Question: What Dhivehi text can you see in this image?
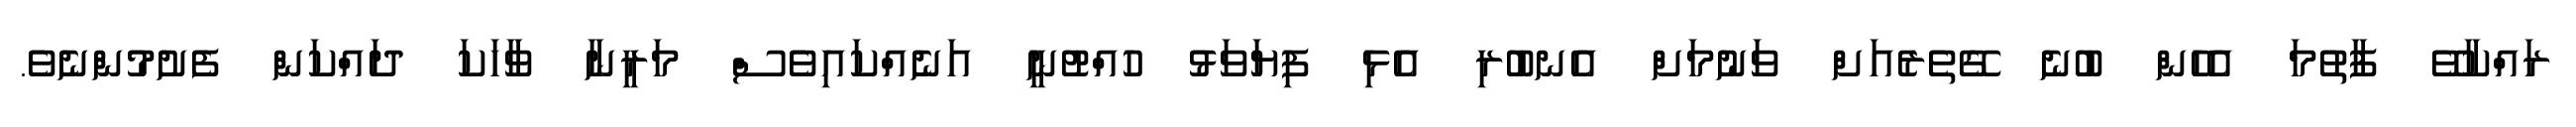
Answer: ރައްކާވޭ ފާތުމަ އެހެން ބުނެ ގޭތެރެއަށް ވަނުމަށް އެނބުރި އެޅި ފިޔަވަޅު ހުއްޓުނީ އަނެއްކައިވެސް މަރީނާ ވާހަކަ ދައްކަން ފެށުމުންނެވެ.